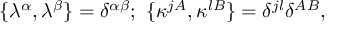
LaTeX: \{ \lambda ^ { \alpha } , \lambda ^ { \beta } \} = \delta ^ { \alpha \beta } ; \ \{ \kappa ^ { j A } , \kappa ^ { l B } \} = \delta ^ { j l } \delta ^ { A B } ,